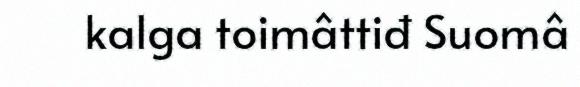
kalga toimâttiđ Suomâ